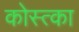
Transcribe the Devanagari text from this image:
कोस्त्का